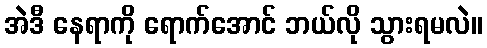
အဲဒီ နေရာကို ရောက်အောင် ဘယ်လို သွားရမလဲ။